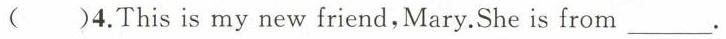
( )4.This is my new friend,Mary.She is from ___.